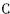
C